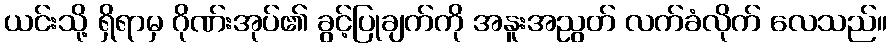
ယင်းသို့ ရှိရာမှ ဂိုဏ်းအုပ်၏ ခွင့်ပြုချက်ကို အနူးအညွတ် လက်ခံလိုက် လေသည်။